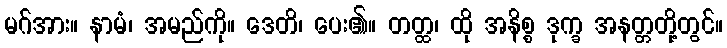
မဂ်အား။ နာမံ၊ အမည်ကို။ ဒေတိ၊ ပေး၏။ တတ္ထ၊ ထို အနိစ္စ ဒုက္ခ အနတ္တတို့တွင်။